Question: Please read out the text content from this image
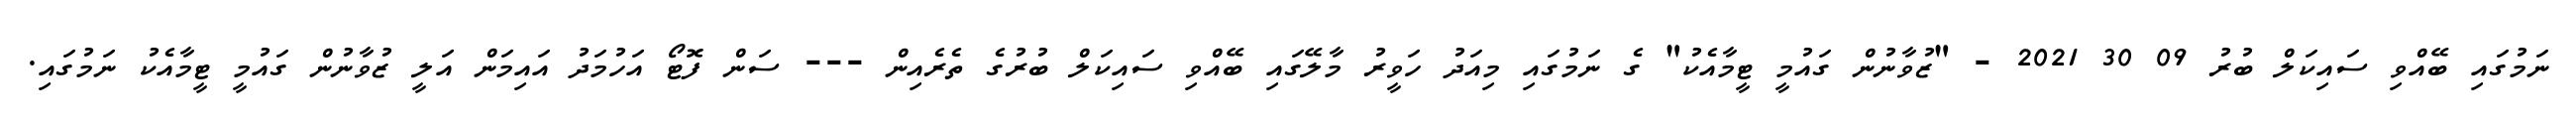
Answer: ނަމުގައި ބޭއްވި ސައިކަލް ބުރު 09 30 2021 - "ޒުވާނުން ގައުމީ ޓީމާއެކު" ގެ ނަމުގައި މިއަދު ހަވީރު މާލޭގައި ބޭއްވި ސައިކަލް ބުރުގެ ތެރެއިން --- ސަން ފޮޓޯ އަހުމަދު އައިމަން އަލީ ޒުވާނުން ގައުމީ ޓީމާއެކު ނަމުގައި.